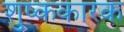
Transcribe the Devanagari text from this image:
शुष्ककारक